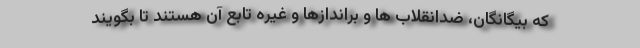
که بیگانگان، ضدانقلاب ها و براندازها و غیره تابع آن هستند تا بگویند